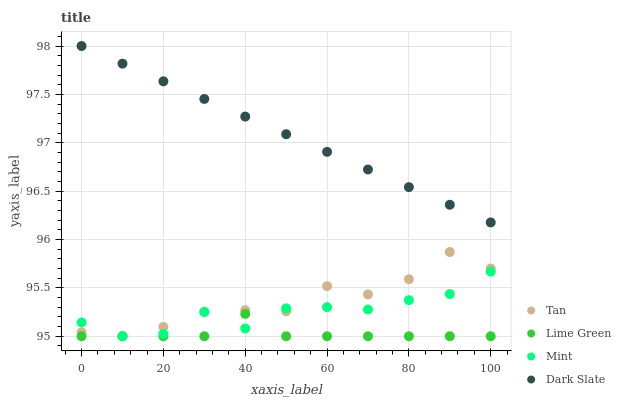
| xaxis_label | Tan | Lime Green | Mint | Dark Slate |
 | --- | --- | --- | --- | --- |
 | 0 | 95 | 95 | 95.1 | 98 |
 | 10 | 95 | 95 | 95 | 97.8 |
 | 20 | 95.1 | 95 | 95 | 97.6 |
 | 30 | 95.3 | 95 | 95.2 | 97.5 |
 | 40 | 95.3 | 95.2 | 95.1 | 97.3 |
 | 50 | 95.3 | 95 | 95.3 | 97.1 |
 | 60 | 95.5 | 95 | 95.3 | 96.9 |
 | 70 | 95.4 | 95 | 95.3 | 96.7 |
 | 80 | 95.6 | 95 | 95.4 | 96.5 |
 | 90 | 95.9 | 95 | 95.4 | 96.4 |
 | 100 | 95.7 | 95 | 95.7 | 96.2 |